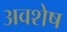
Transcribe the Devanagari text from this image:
अवशेष्‍ा